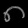
Digit: ၈